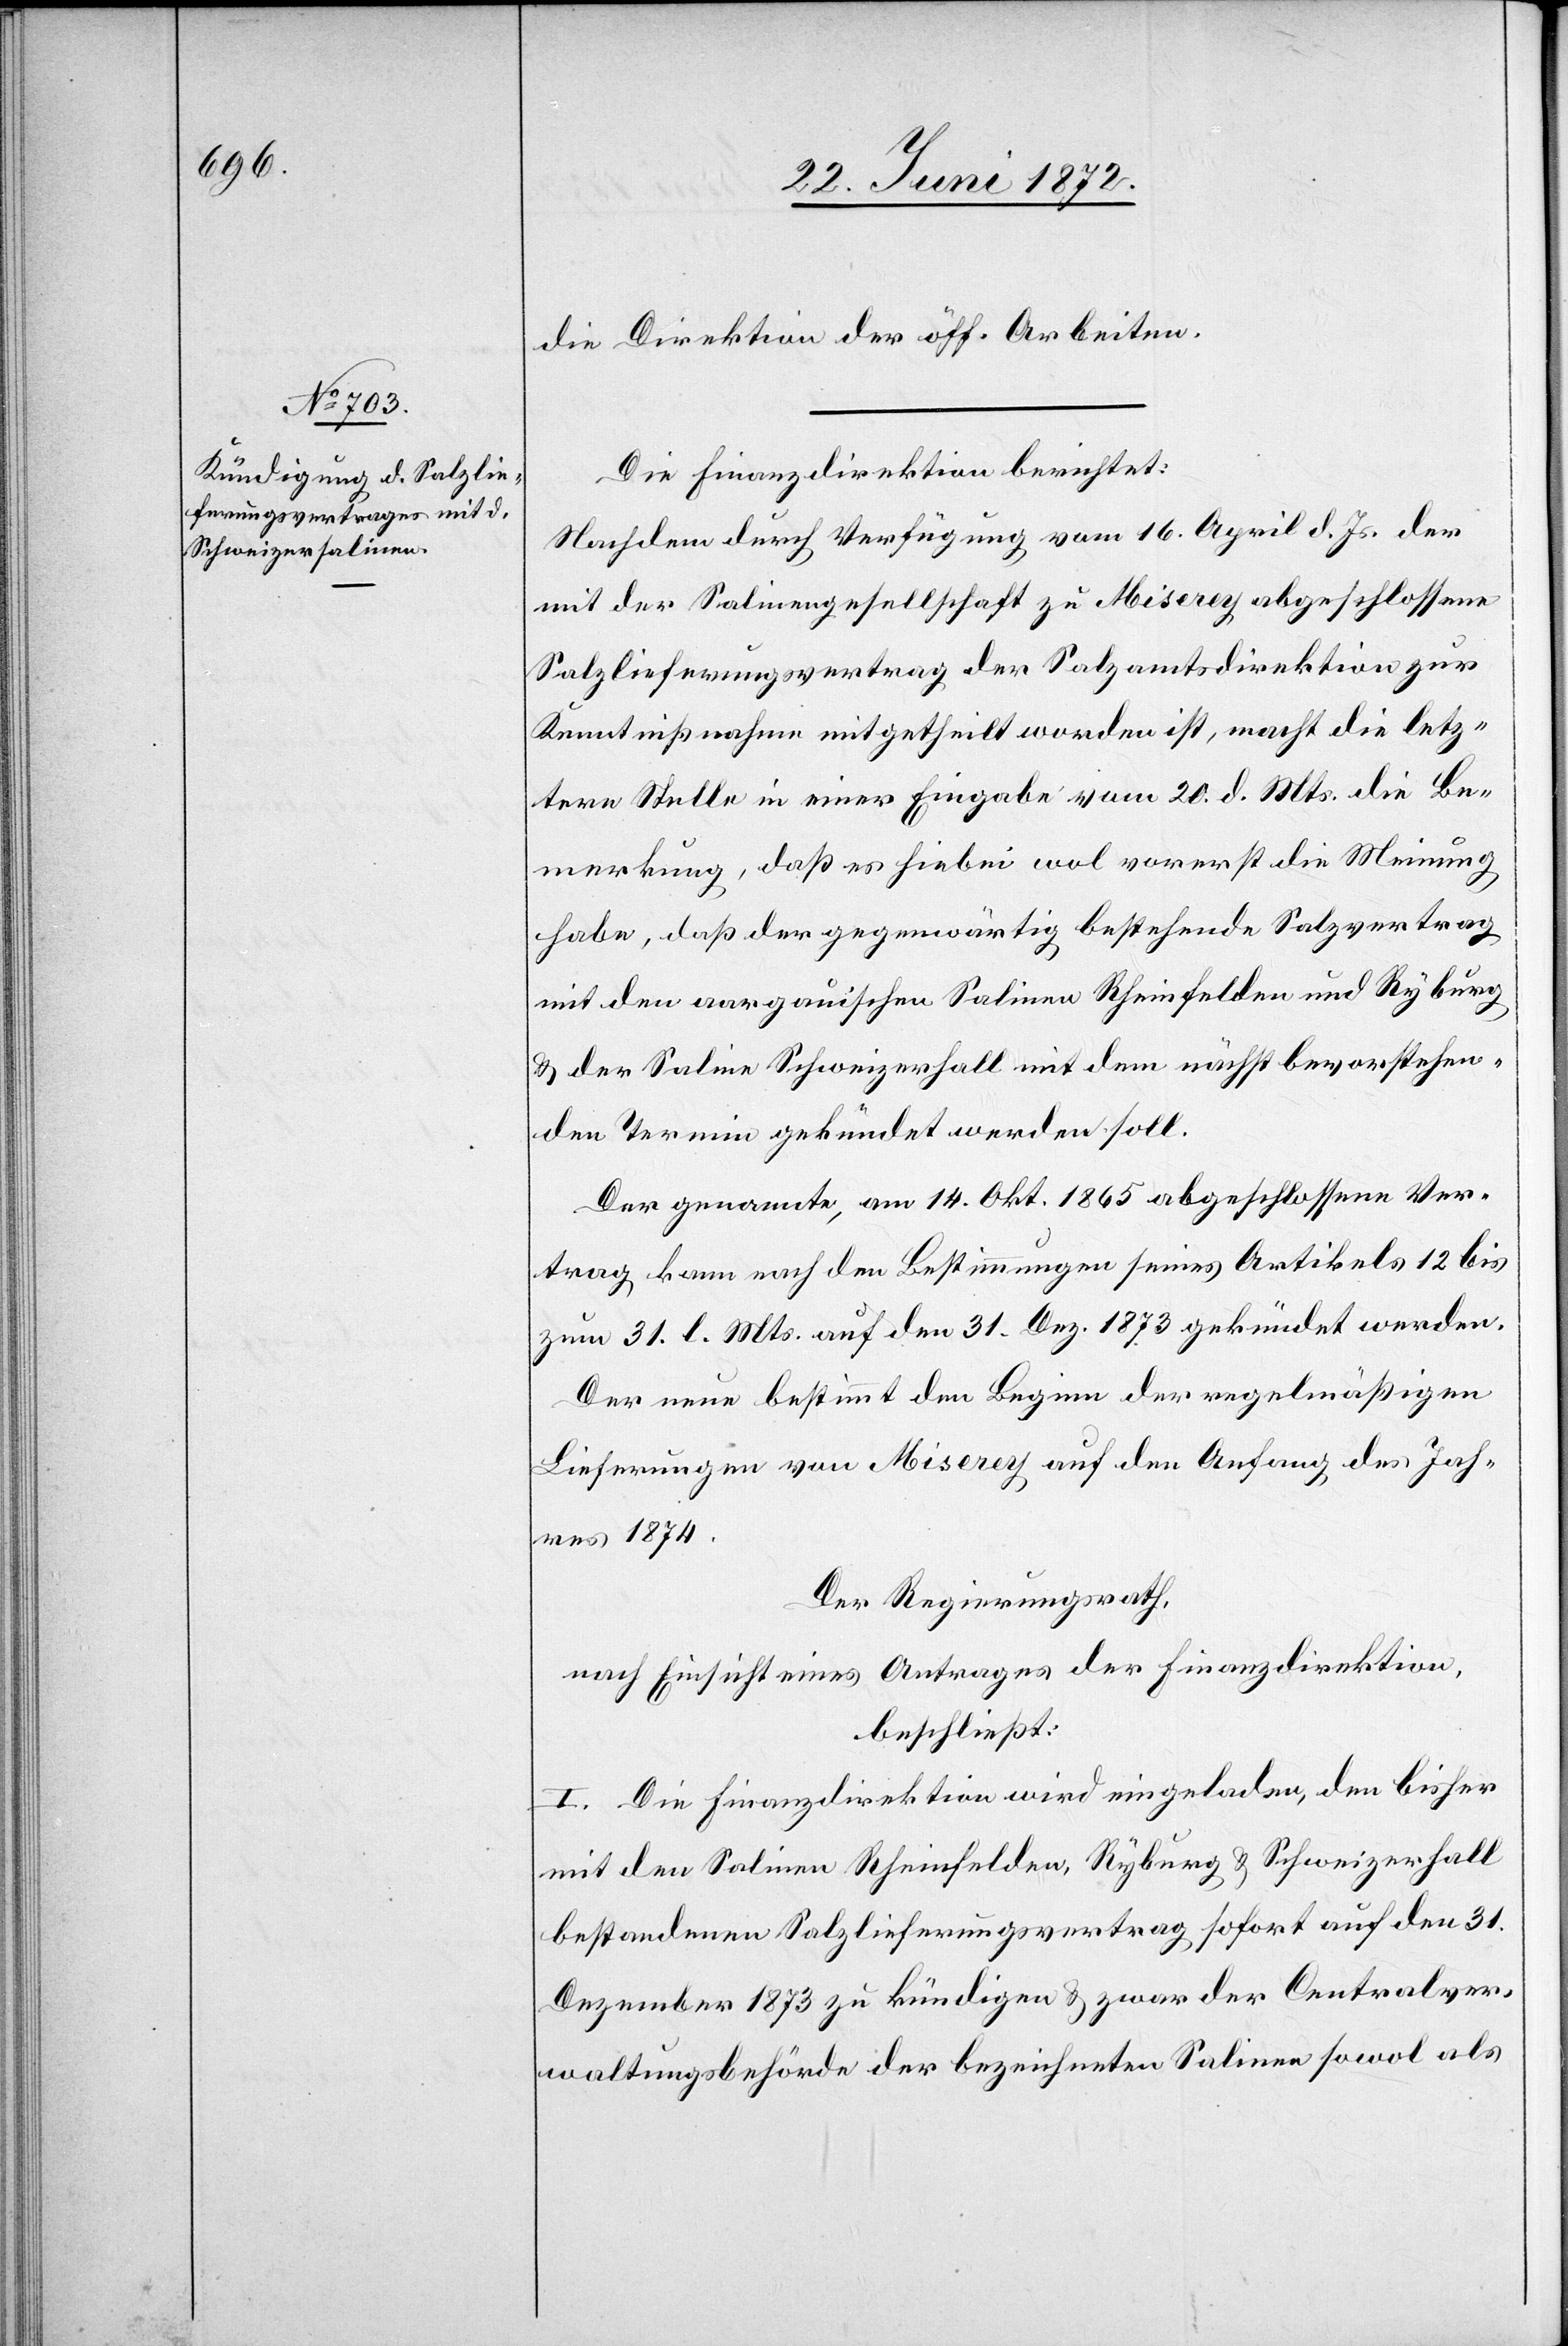
die Direktion der öff. Arbeiten.
Die Finanzdirektion berichtet:
Nachdem durch Verfügung vom 16. April d. Js. der
mit der Salinengesellschaft zu Miserey abgeschlossene
Salzlieferungsvertrag der Salzamtsdirektion zur
Kenntnißnahme mitgetheilt worden ist, macht die letz¬
tere Stelle in einer Eingabe vom 20. d. Mts. die Be¬
merkung, daß es hiebei wol vorerst die Meinung
habe, daß der gegenwärtig bestehende Salzvertrag
mit den aargauischen Salinen Rheinfelden und Ryburg
u. der Saline Schweizerhall mit dem nächstbevorstehen¬
den Termin gekündet werden soll.
Der genannte, am 14. Okt. 1865 abgeschlossene Ver¬
trag kann nach den Bestimmungen seines Artikels 12 bis
zum 31. l. Mts. auf den 31. Dez. 1873 gekündet werden.
Der neue bestimmt den Beginn der regelmäßigen
Lieferungen von Miserey auf den Anfang des Jah¬
res 1874.
Der Regierungsrath,
nach Einsicht eines Antrages der Finanzdirektion,
beschließt:
I. Die Finanzdirektion wird eingeladen, den bisher
mit den Salinen Rheinfelden, Ryburg u. Schweizerhall
bestandenen Salzlieferungsvertrag sofort auf den 31.
Dezember 1873 zu kündigen u. zwar der Centralver¬
waltungsbehörde der bezeichneten Salinen sowol als